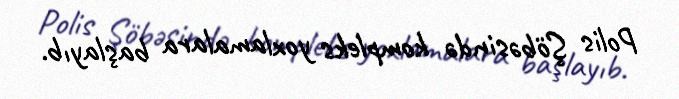
Polis Şöbəsində kompleks yoxlamalara başlayıb.